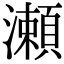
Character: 瀬